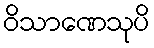
ဝိသာဏေသုပိ